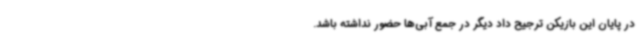
در پایان این بازیکن ترجیح داد دیگر در جمع آبی‌ها حضور نداشته باشد.